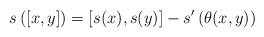
LaTeX: \begin{gather*}s\left([x,y] \right)=\left[s(x),s(y) \right]-s'\left( \theta(x,y)\right) \end{gather*}